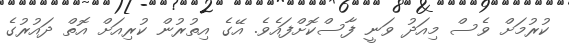
ކުރުމަށް ވެސް މިއަދު ވަނީ ފާސްކޮށްފައެވެ. އޭގެ އިތުރުން ކުރިއަށް އޮތް ދައުރުގެ